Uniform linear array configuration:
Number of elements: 24
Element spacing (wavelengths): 1
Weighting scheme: binomial
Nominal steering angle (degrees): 0
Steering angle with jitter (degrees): -0.3763
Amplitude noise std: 0.05
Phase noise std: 0.05

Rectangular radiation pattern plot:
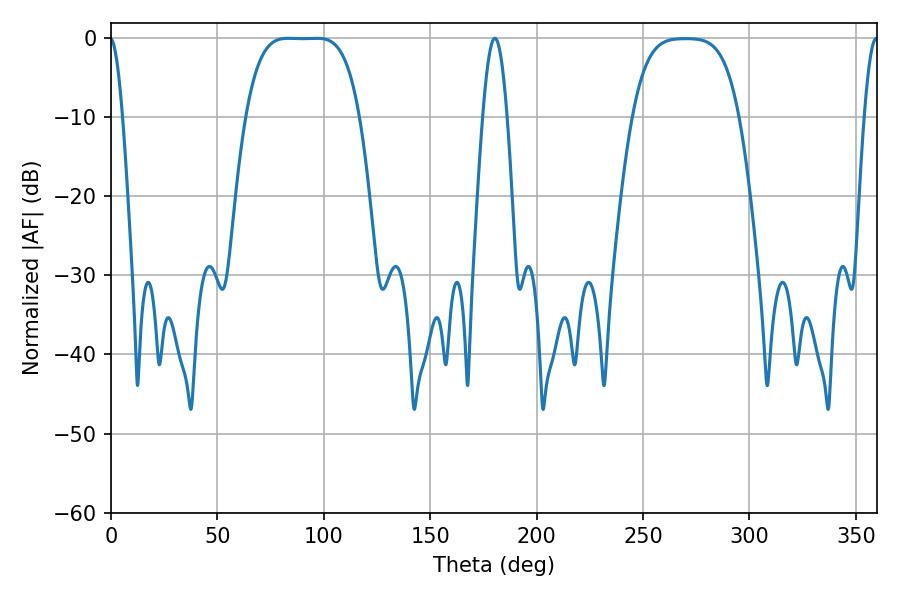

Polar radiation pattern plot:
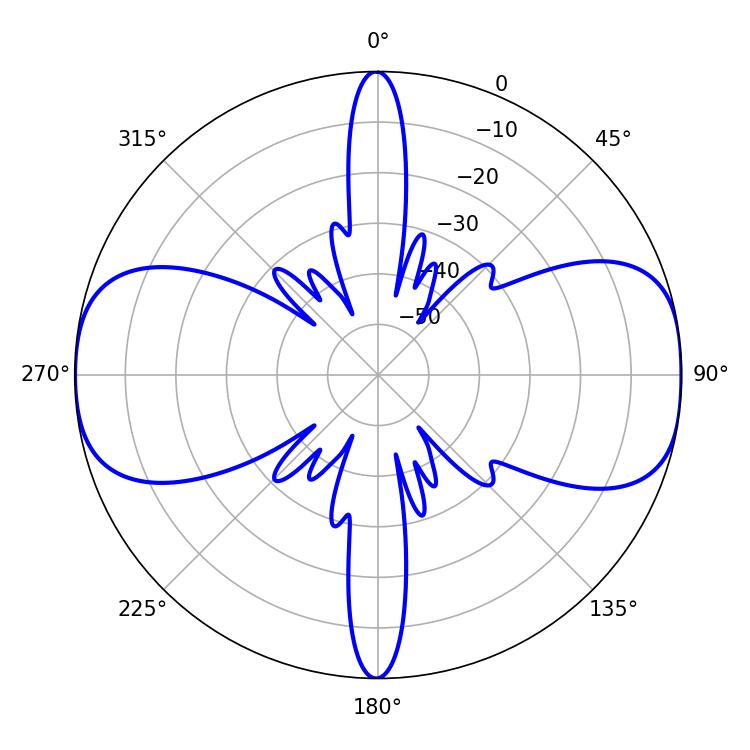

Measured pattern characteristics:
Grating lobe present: TRUE
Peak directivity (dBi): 13.825
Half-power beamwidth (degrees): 40.32
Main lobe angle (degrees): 83.34